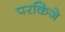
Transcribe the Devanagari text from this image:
परकिंजे